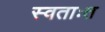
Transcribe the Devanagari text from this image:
स्वताःत